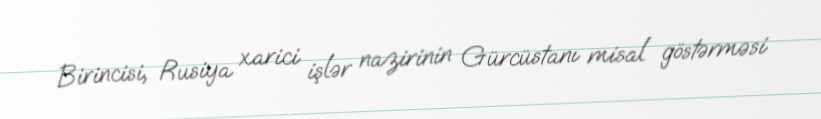
Birincisi, Rusiya xarici işlər nazirinin Gürcüstanı misal göstərməsi